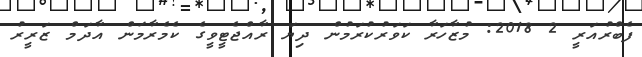
ފެބްރުއަރީ 2 2018: މުޒާހަރާ ކަވަރުކުރަމުން ދިޔަ ރާއްޖެޓީވީގެ ކެމެރާމަން އާދަމް ޒަރީރު